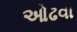
ઓઢવા